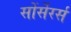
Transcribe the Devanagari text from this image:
सोंर्सेरर्स